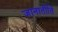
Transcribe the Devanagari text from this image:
जानातीति